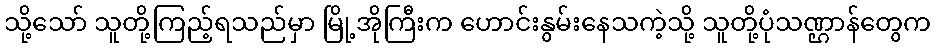
သို့သော် သူတို့ကြည့်ရသည်မှာ မြို့အိုကြီးက ဟောင်းနွမ်းနေသကဲ့သို့ သူတို့ပုံသဏ္ဌာန်တွေက